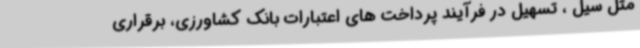
مثل سیل ، تسهیل در فرآیند پرداخت های اعتبارات بانک کشاورزی، برقراری